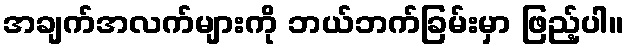
အချက်အလက်များကို ဘယ်ဘက်ခြမ်းမှာ ဖြည့်ပါ။